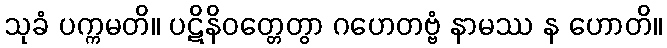
သုခံ ပက္ကမတိ။ ပဋိနိဝတ္တေတွာ ဂဟေတဗ္ဗံ နာမဿ န ဟောတိ။